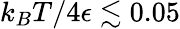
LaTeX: k_{B}T/4\epsilon\lesssim 0.05